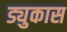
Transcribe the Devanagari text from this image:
ड्युकास